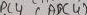
Text: ADC4